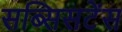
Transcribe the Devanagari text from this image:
सब्सिसटेंस